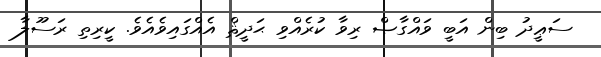
ސަޢީދު ބިން އަބީ ވައްގާޞް ރިވާ ކުރެއްވި ޙަދީޘް އެއްގައިވެއެވެ. ކީރިތި ރަސޫލާ